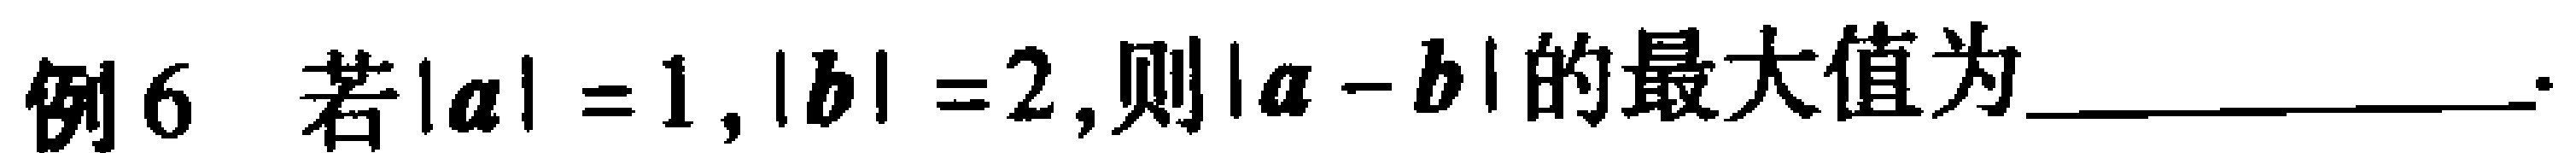
例6 若\(\vert\boldsymbol{a}\vert = 1,\vert\boldsymbol{b}\vert = 2\),则\(\vert\boldsymbol{a}-\boldsymbol{b}\vert\)的最大值为____________.